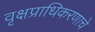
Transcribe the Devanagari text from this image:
वृक्षप्राधिकरणाचे